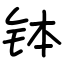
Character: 钵